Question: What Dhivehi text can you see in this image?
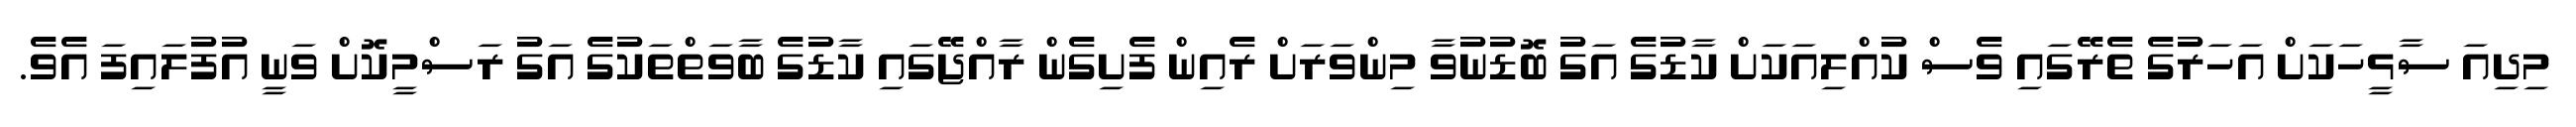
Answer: މިދިއަ ސާޅީހަކަށް އަހަރުގެ ތެރޭގައި ވެސް ކުއްލިއަކަށް ކާޑުގެ އަގު ބޮޑުނުވާ މިންވަރަށް ރެއިން ފެށިގެން ރާއްޖޭގައި ކާޑުގެ ބާވަތްތަކުގެ އަގު ރަސްމީކޮށް ވަނީ އުފުލައިފަ އެވެ.